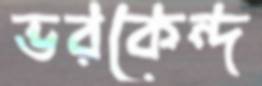
ভরকেন্দ